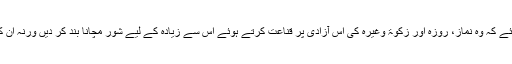
تو کیا انہیں بھی یہی مشورہ دے دیا جائے کہ وہ نماز، روزہ اور زکوٰۃ وغیرہ کی اس آزادی پر قناعت کرتے ہوئے اس سے زیادہ کے لیے شور مچانا بند کر دیں ورنہ ان کی جدوجہد ’’بے بنیاد‘‘ قرار پائے گی؟